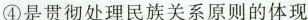
④是贯彻处理民族关系原则的体现